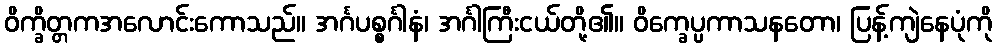
ဝိက္ခိတ္တကအလောင်းကောသည်။ အင်္ဂပစ္စင်္ဂါနံ၊ အင်္ဂါကြီးငယ်တို့၏။ ဝိက္ခေပ္ပကာသနတော၊ ပြန့်ကျဲနေပုံကို